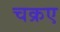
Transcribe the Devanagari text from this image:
चक्रए